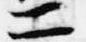
二